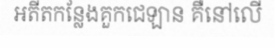
អតីតកន្លែងគួកជេឡាន គឺនៅលើ